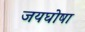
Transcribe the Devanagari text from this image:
जयघोषा